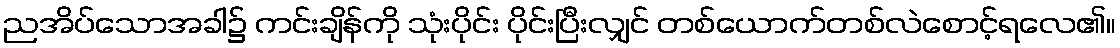
ညအိပ်သောအခါ၌ ကင်းချိန်ကို သုံးပိုင်း ပိုင်းပြီးလျှင် တစ်ယောက်တစ်လဲစောင့်ရလေ၏။